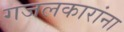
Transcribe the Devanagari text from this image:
गजलकारांना